Supplement to the account of plague administration in the Bombay Presidency from September 1896 till May 1897
Year: 1896
Disease focus: Plague
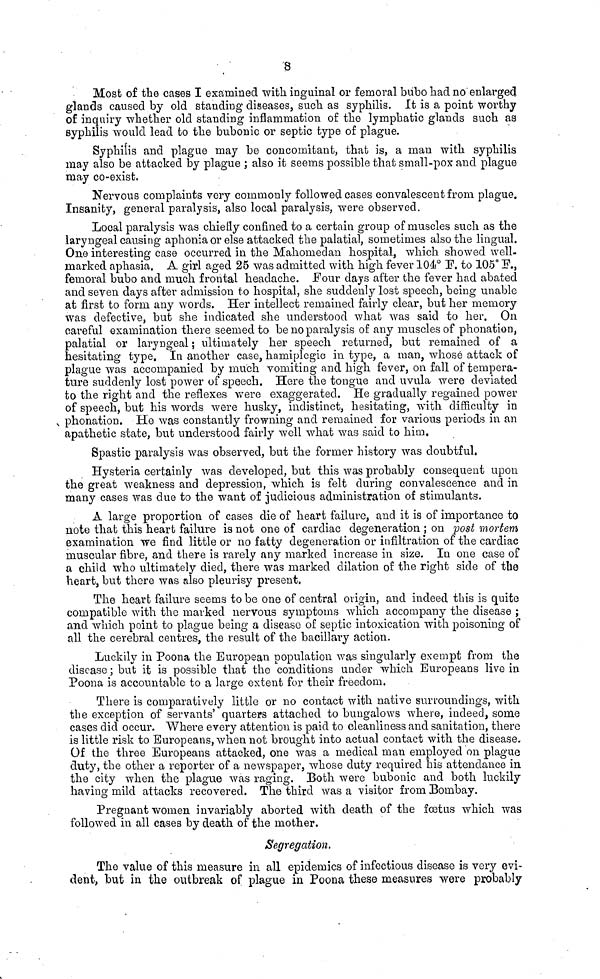
8
Most of the cases I examined with inguinal or femoral bubo had no enlarged
glands caused by old standing diseases, such as syphilis. It is a point worthy
of inquiry whether old standing inflammation of the lymphatic glands such as
syphilis would lead to the bubonic or septic type of plague.
Syphilis and plague may be concomitant, that is, a man with syphilis
may also be attacked by plague ; also it seems possible that small-pox and plague
may co-exist.
Nervous complaints very commonly followed cases convalescent from plague.
Insanity, general paralysis, also local paralysis, were observed.
Local paralysis was chiefly confined to a certain group of muscles such as the
laryngeal causing aphonia or else attacked the palatial, sometimes also the lingual.
One interesting case occurred in the Mahomedan hospital, which showed well-
marked aphasia. A girl aged 25 was admitted with high fever 104° F. to 105° F.,
femoral bubo and much frontal headache. Four days after the fever had abated
and seven days after admission to hospital, she suddenly lost speech, being unable
at first to form any words. Her intellect remained fairly clear, but her memory
was defective, but she indicated she understood what was said to her. On
careful examination there seemed to be no paralysis of any muscles of phonation,
palatial or laryngeal ; ultimately her speech returned, but remained of a
hesitating type. In another case, hamiplegic in type, a man, whoso attack of
plague was accompanied by much vomiting and high fever, on fall of tempera-
ture suddenly lost power of speech. Here the tongue and uvula were deviated
to the right and the reflexes were exaggerated. He gradually regained power
of speech, but his words were husky, indistinct, hesitating, with difficulty in
phonation.
He was constantly frowning and remained for various periods in an
apathetic state, but understood fairly well what was said to him.
Spastic paralysis was observed, but the former history was doubtful.
Hysteria certainly was developed, but this was probably consequent upon
the great weakness and depression, which is felt during convalescence and in
many cases was due to the want of judicious administration of stimulants.
A large proportion of cases die of heart failure, and it is of importance to
note that this heart failure is not one of cardiac degeneration ; on post mortem
examination we find little or no fatty degeneration or infiltration of the cardiac
muscular fibre, and there is rarely any marked increase in size. In one case of
a child who ultimately died, there was marked dilation of the right side of the
heart, but there was also pleurisy present.
The heart failure seems to be one of central origin, and indeed this is quite
compatible with the marked nervous symptoms which accompany the disease ;
and which point to plague being a disease of septic intoxication with poisoning of
all the cerebral centres, the result of the bacillary action.
Luckily in Poona the European population was singularly exempt from the
disease ; but it is possible that the conditions under which Europeans live in
Poona is accountable to a large extent for their freedom.
There is comparatively little or no contact with native surroundings, with
the exception of servants' quarters attached to bungalows where, indeed, some
cases did occur. Where every attention is paid to cleanliness and sanitation, there
is little risk to Europeans, when not brought into actual contact with the disease.
Of the three Europeans attacked, one was a medical man employed on plague
duty, the other a reporter of a newspaper, whose duty required his attendance in
the city when the plague was raging. Both were bubonic and both luckily
having mild attacks recovered. The third was a visitor from Bombay.
Pregnant women invariably aborted with death of the fœtus which was
followed in all cases by death of the mother.
Segregation.
The value of this measure in all epidemics of infectious disease is very evi-
dent, but in the outbreak of plague in Poona these measures were probably